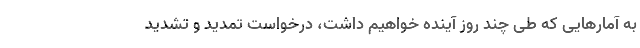
به آمارهایی که طی چند روز آینده خواهیم داشت، درخواست تمدید و تشدید